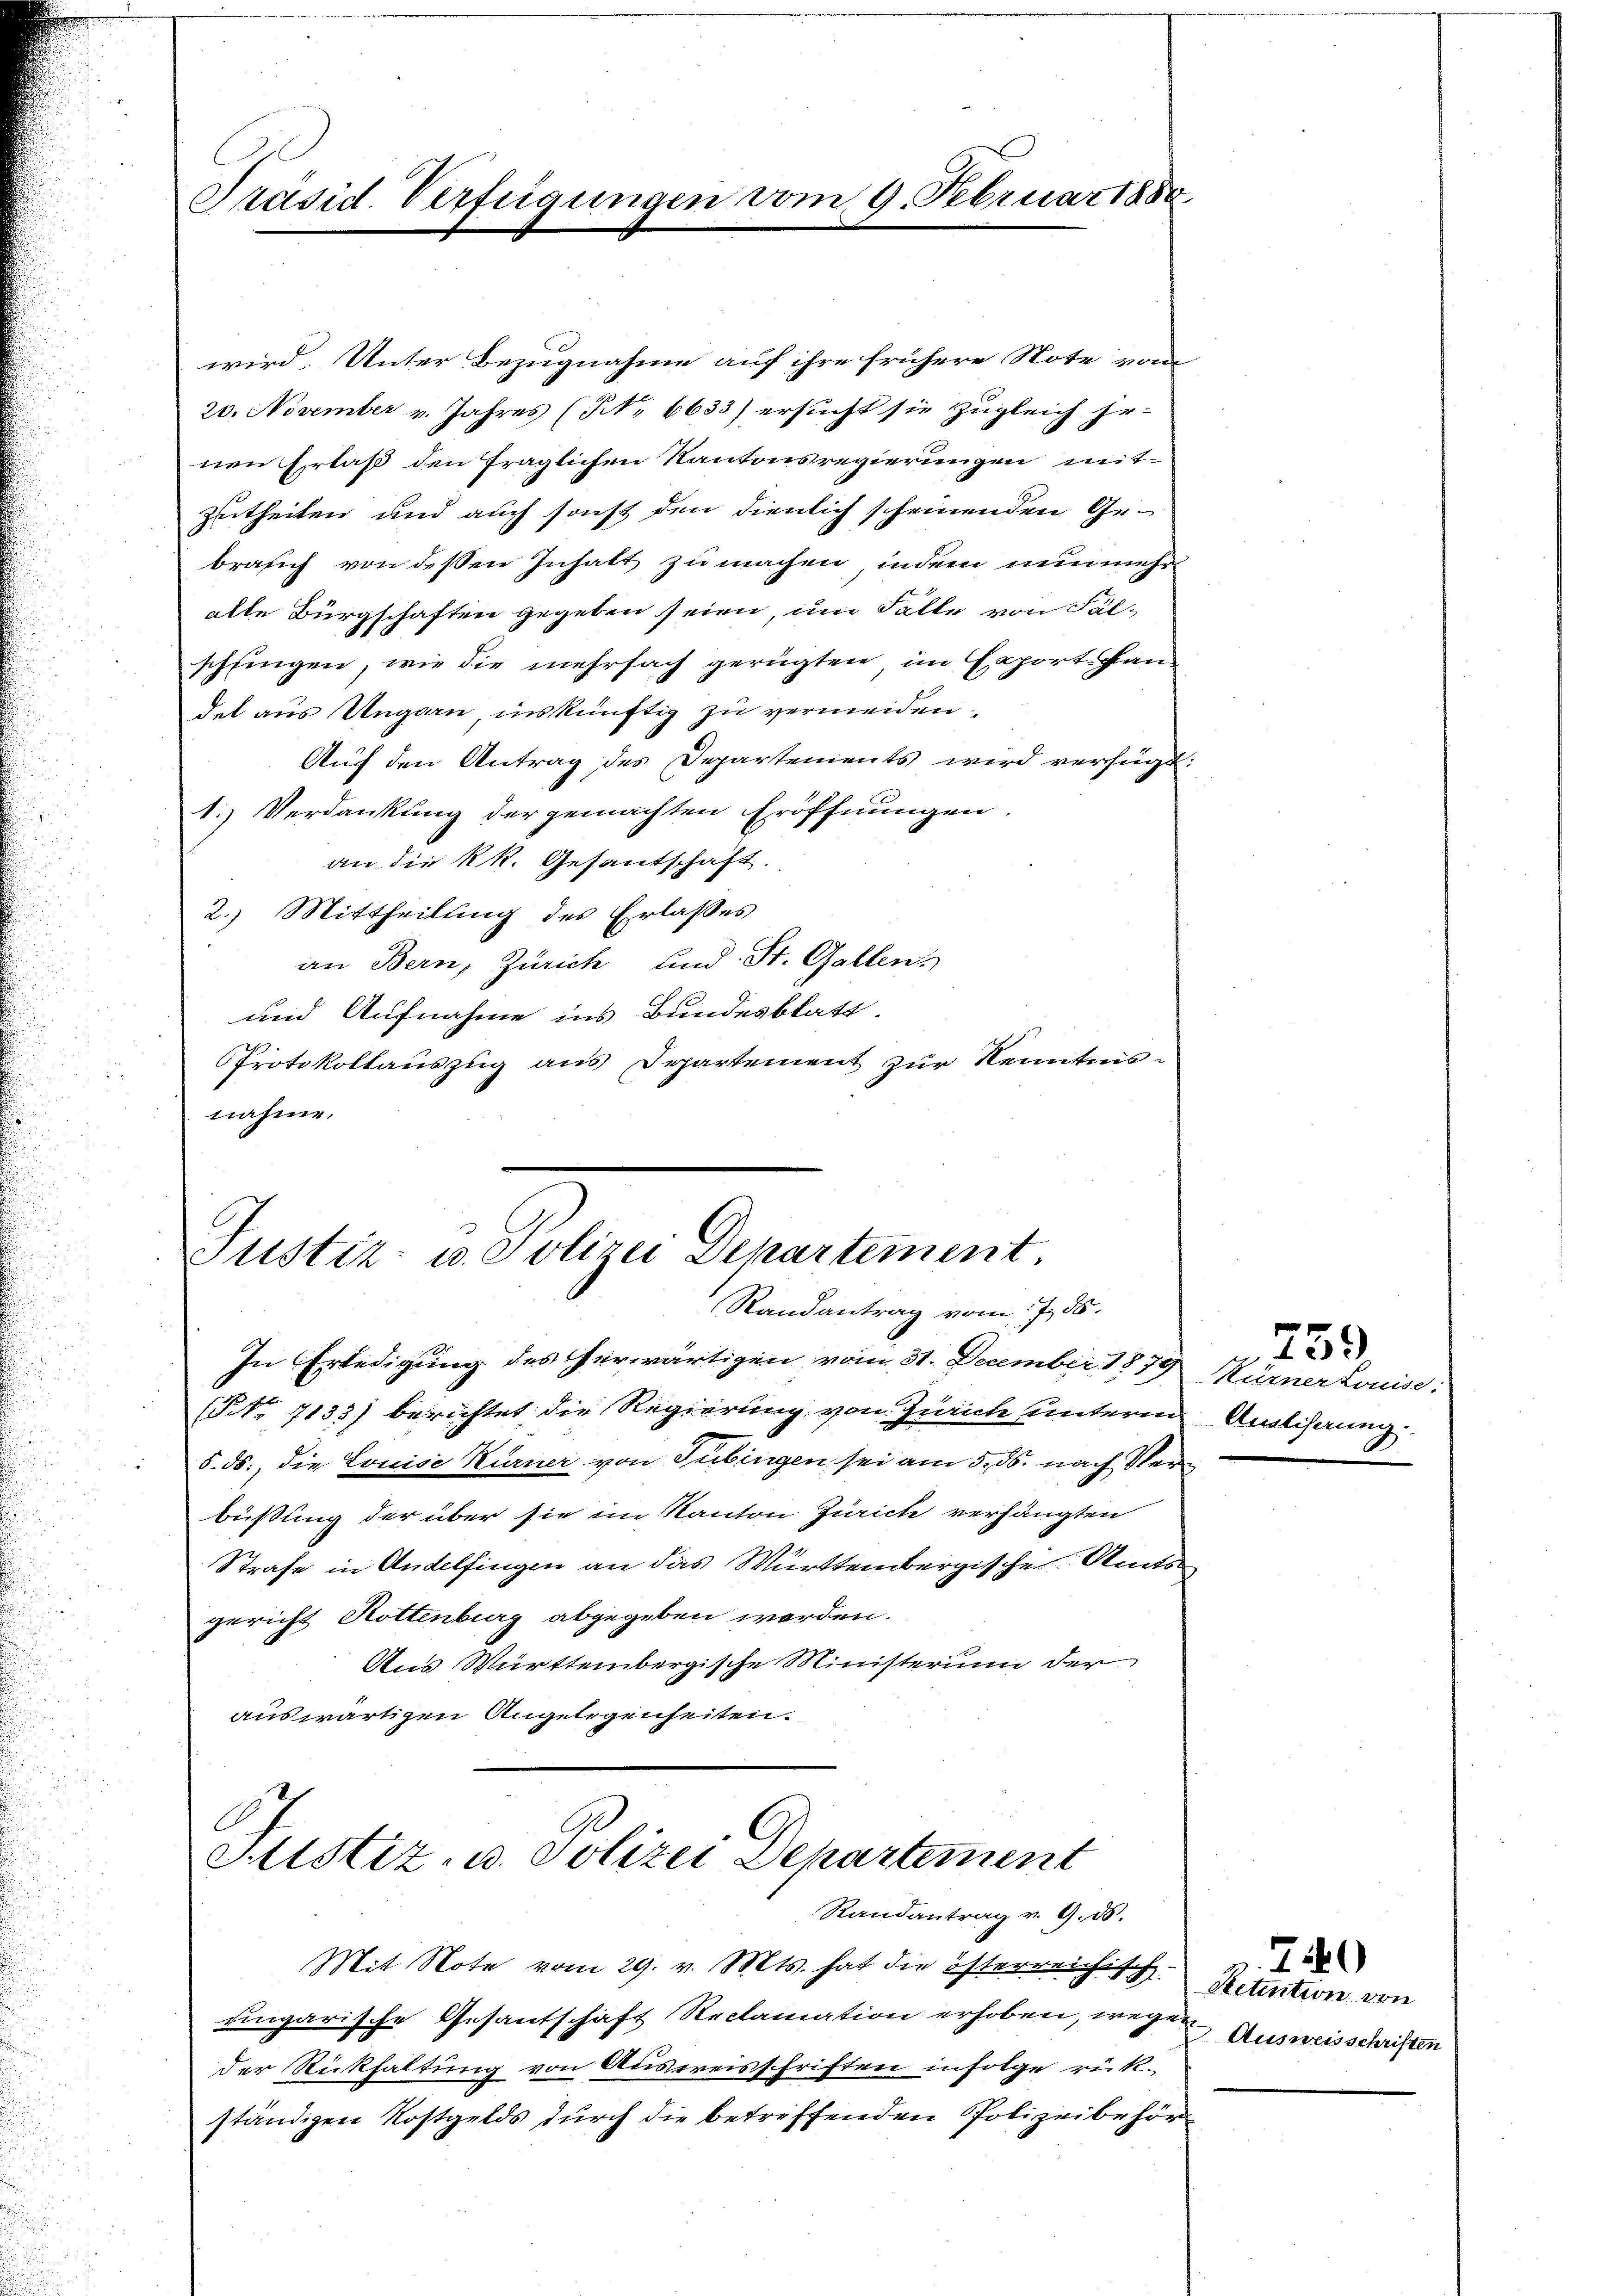
Präsid. Verfügungen vom 9. Februar 1880

wird. Unter Bezugnahme auf ihre frühere Note vom
20. November v. Jahres (N. 6633) ersucht sie zugleich her-
nen Erlaß den fraglichen Kantonsregierungen mit-
Zutheilen und auch sonst den dienlich scheinenden Ge-
brasch von deßen Inhalt zu machen, indem nunmehr
alle Bürgschaften gegeben seien, um Falle von Fälschfingen, wie die mehrfach gerügten im Export an-
det aus Ungarn inskünftig zu vermeiden.
Auch den Antrag des Departements wird verfügt:
1. Verdankung der gemachten Eröffnungen
an die kk. Gesantschaft.
2.) Mittheilung des Erlaßes
an Bern, Zürich und St. Gallens
und Aufnahme ins Bundesblatt.
Protokollaŭszŭg aŭs Departement zŭr Neuntens-
nahme.

Justiz- u. Polizei Departement.
Randantrag vom 7. 56.
In Erledigung des herwärtigen vom 31. December 1879 Nürner Louise:

(Nr. 7133) berichtet die Regierung von Zürich unterm Auslichung
5. ds., die Louise Kurner von Tübingen sei am 5. ds. nach Verbüßung der über sie im Kanton Zürich verhängten
Strafe in Andelfingen an das Württembergische Amts
gericht Rottenburg abgegeben werden.
Aus Württembergische Ministerium der
auswärtigen Angelegenheiten.

Justiz- u. Polizei Departement
Randantrag v. 9. d.

Mit Note vom 29. v. Mts. hat die österreichisch-
ungarische Gesantschaft Reclamation erhoben, wegen
der Rückhaltung von Austreisschriften infolge rükständigen Kostgelds durch die betreffenden Polizeibehör

e

759

780
Retention von
Ausweisschriften